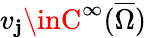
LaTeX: v_{\mathbf{j}}\inC^{\infty}(\overline{{{\Omega}}})